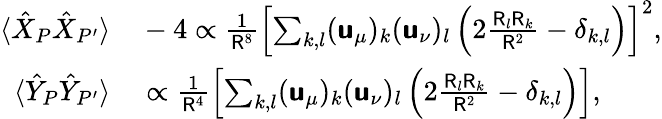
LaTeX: \begin{array}{rl}{\langle\hat{X}_{P}\hat{X}_{P^{\prime}}\rangle}&{{}-4\propto\frac{1}{\mathsf{R}^{8}}\left[\sum_{k,l}(\boldsymbol{\mathsf{u}}_{\mu})_{k}(\boldsymbol{\mathsf{u}}_{\nu})_{l}\left(2\frac{\mathsf{R}_{l}\mathsf{R}_{k}}{\mathsf{R}^{2}}-\delta_{k,l}\right)\right]^{2},}\\ {\langle\hat{Y}_{P}\hat{Y}_{P^{\prime}}\rangle}&{{}\propto\frac{1}{\mathsf{R}^{4}}\left[\sum_{k,l}(\boldsymbol{\mathsf{u}}_{\mu})_{k}(\boldsymbol{\mathsf{u}}_{\nu})_{l}\left(2\frac{\mathsf{R}_{l}\mathsf{R}_{k}}{\mathsf{R}^{2}}-\delta_{k,l}\right)\right],}\end{array}